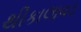
થીકાલાવડ